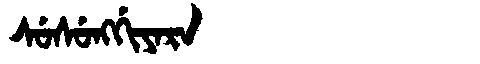
Manchu: ᠰᡠᠰᡠᠩᡤᡳᠶᠠᡵᠠ
Romanization: SUSUNGGIYARA